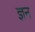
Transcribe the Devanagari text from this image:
ज्ञन